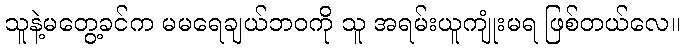
သူနဲ့မတွေ့ခင်က မမရေချယ်ဘဝကို သူ အရမ်းယူကျုံးမရ ဖြစ်တယ်လေ။